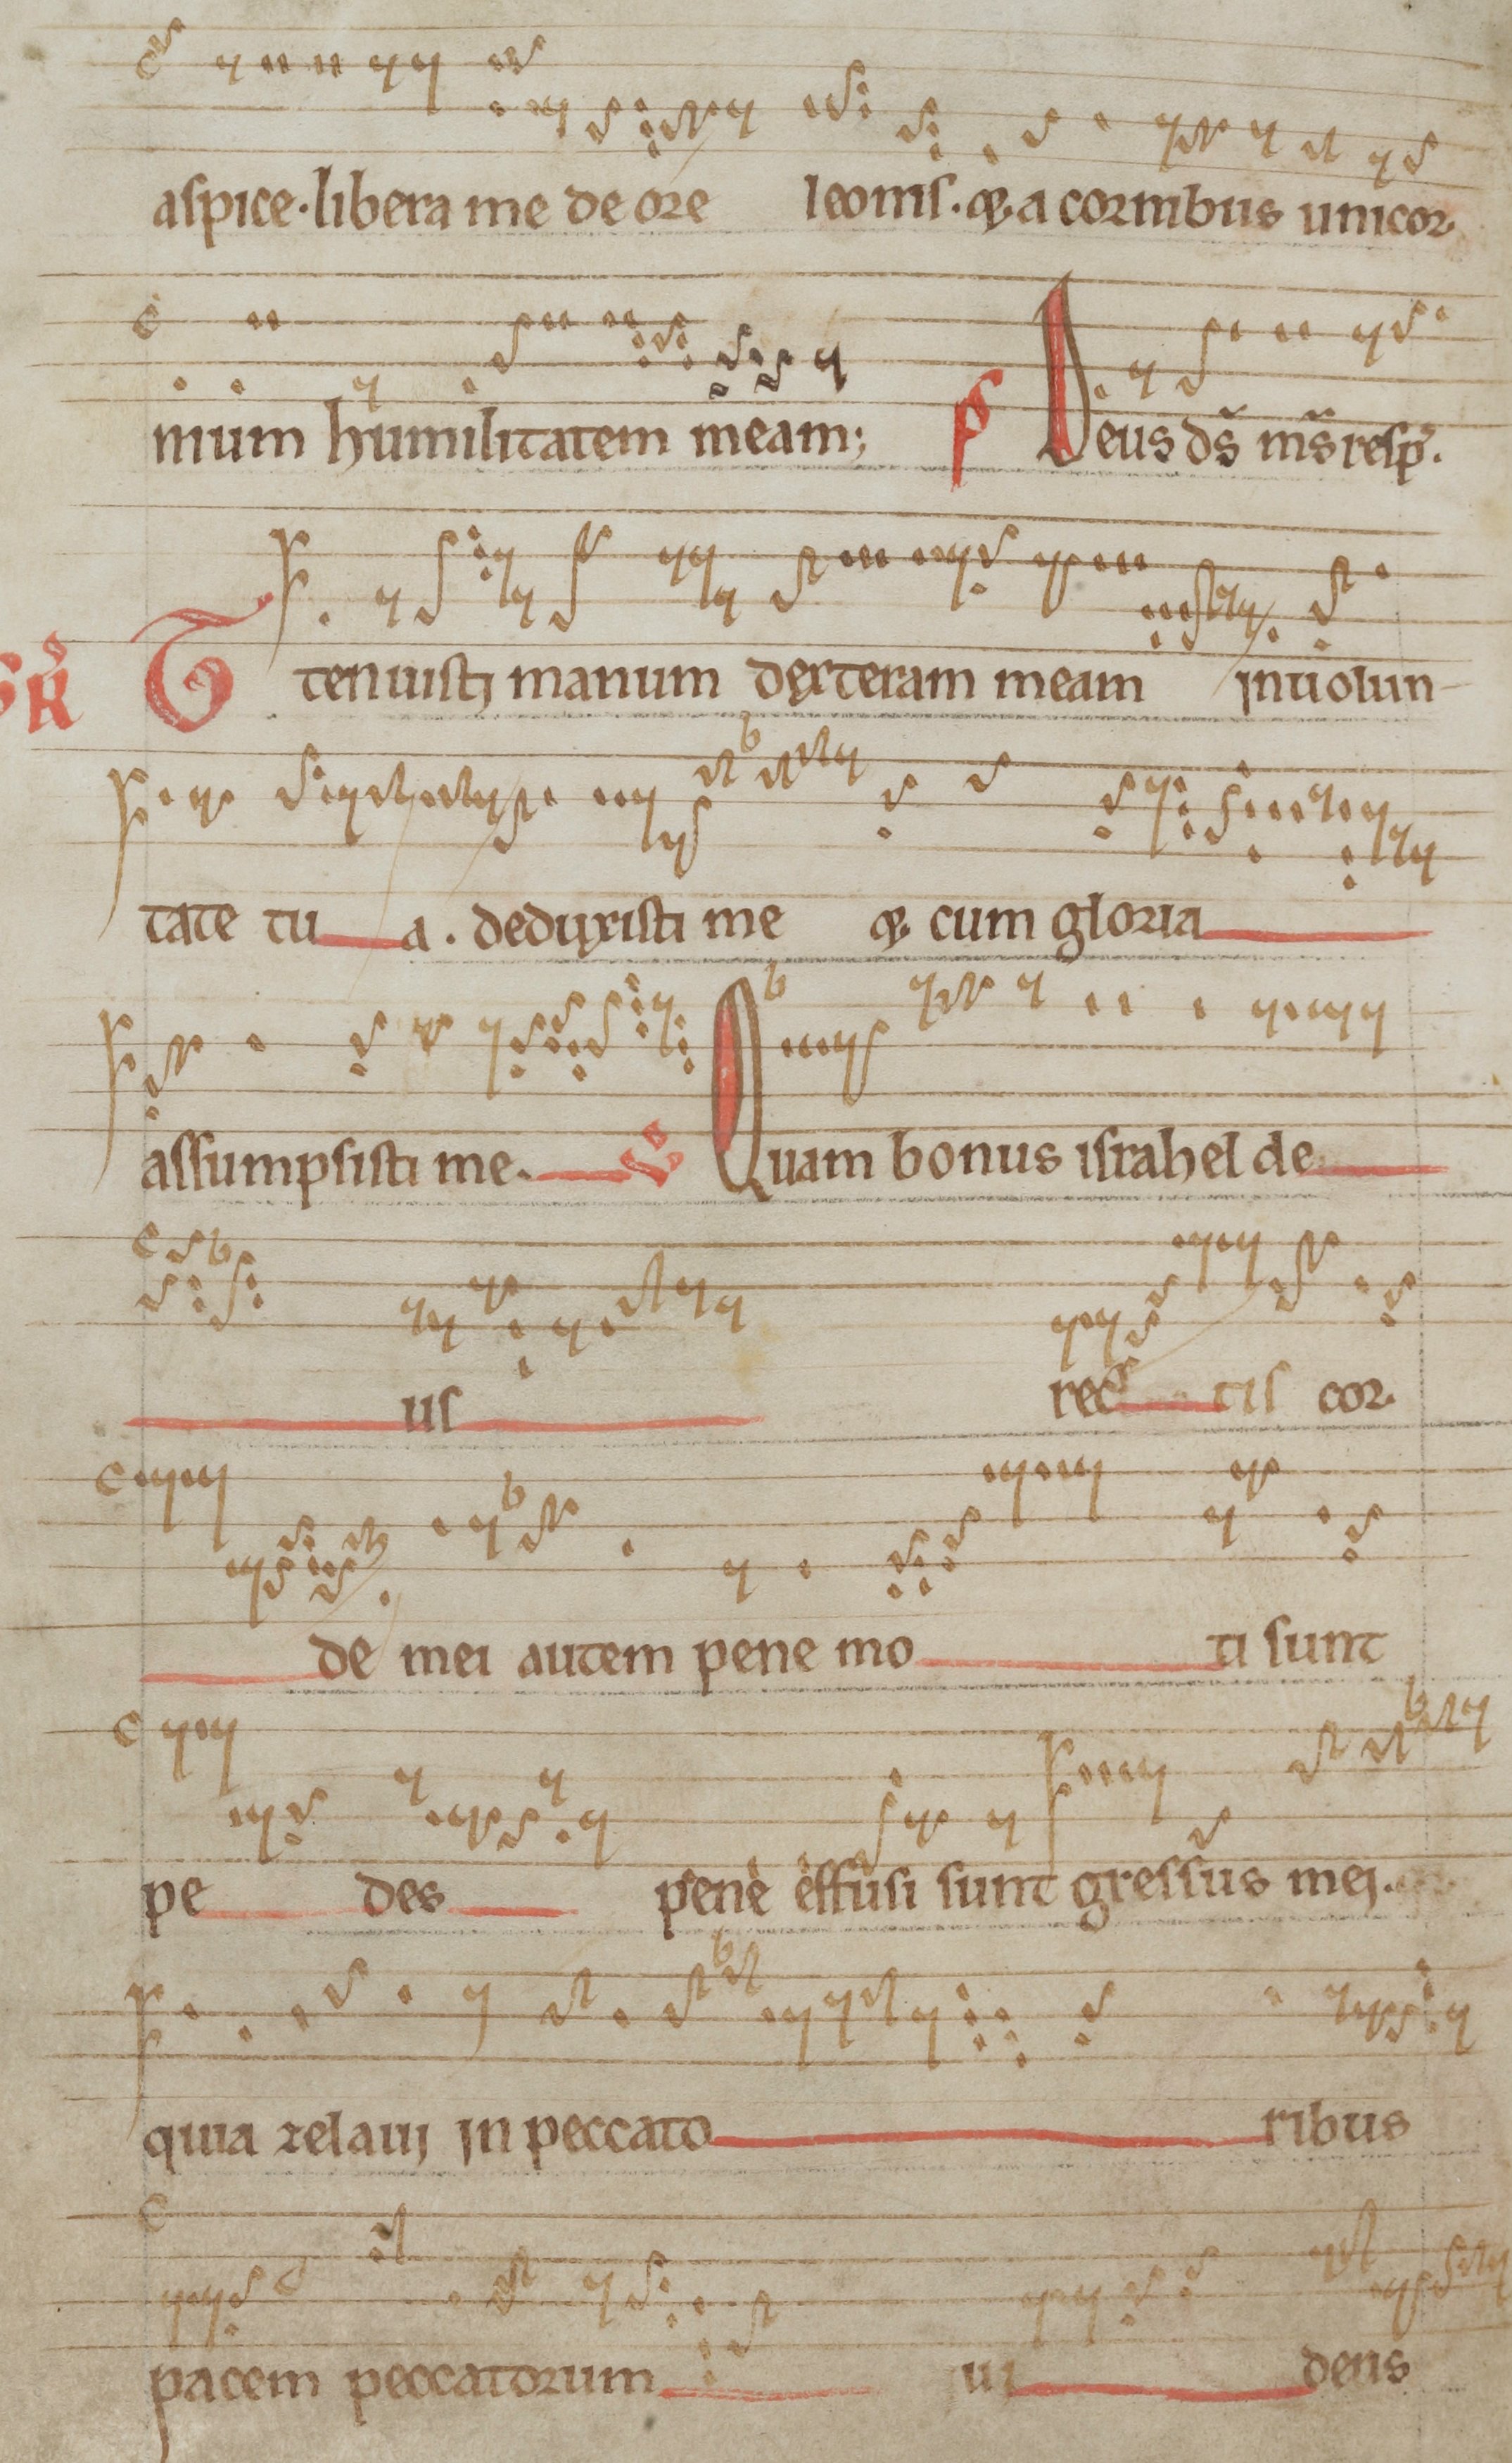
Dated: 1140–1170